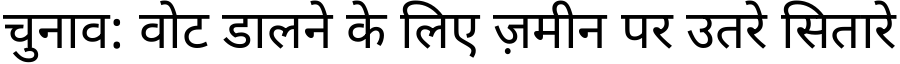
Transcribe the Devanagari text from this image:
चुनाव: वोट डालने के लिए ज़मीन पर उतरे सितारे